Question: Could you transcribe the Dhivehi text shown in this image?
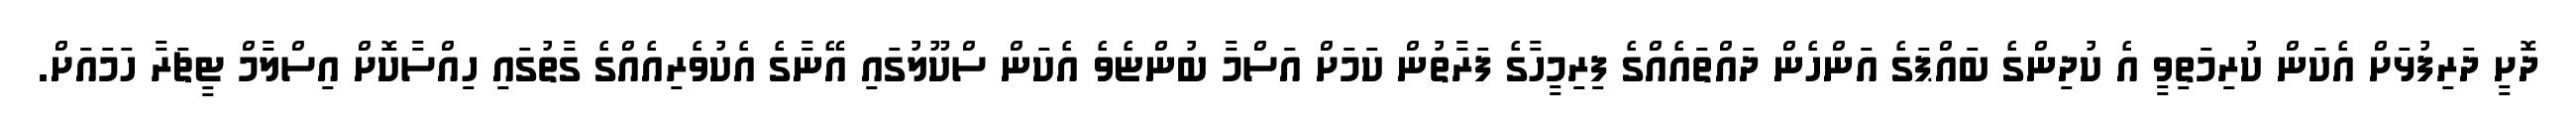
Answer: ދޮށީ ދަރިފުޅަށް އެކަން ކުރިމަތިވީ އެ ކުދިންގެ ބައްޕަގެ އަންހެން ދައްތައެއްގެ ފިރިމީހާގެ ފަރާތުން ކަމަށް އަސްމާ ބުންޏެވެ އެކަން ސްކޫލުގައި އޭނާގެ އެކުވެރިއެއްގެ ގާތުގައި ހިއްސާކޮށް އިސްލާމް ޓީޗަރާ ހަމައަށް.